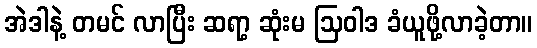
အဲဒါနဲ့ တမင် လာပြီး ဆရာ့ ဆုံးမ ဩဝါဒ ခံယူဖို့လာခဲ့တာ။